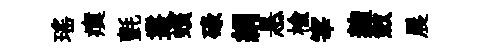
瑶瘼氈叢蠙碌絹悬榆宰麹斂晨